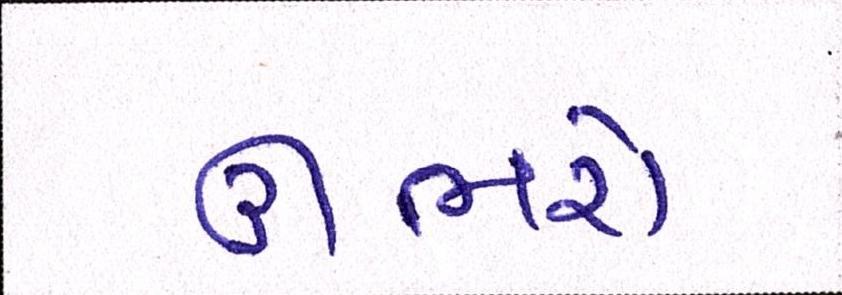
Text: ઊભરો